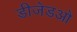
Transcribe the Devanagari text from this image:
डीजेडओ